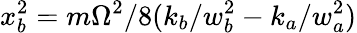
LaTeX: x_{b}^{2}=m\Omega^{2}/8(k_{b}/w_{b}^{2}-k_{a}/w_{a}^{2})